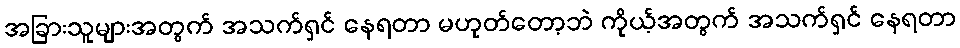
အခြားသူများအတွက် အသက်ရှင် နေရတာ မဟုတ်တော့ဘဲ ကိုယ့်အတွက် အသက်ရှင် နေရတာ